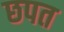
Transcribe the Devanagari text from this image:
छपत